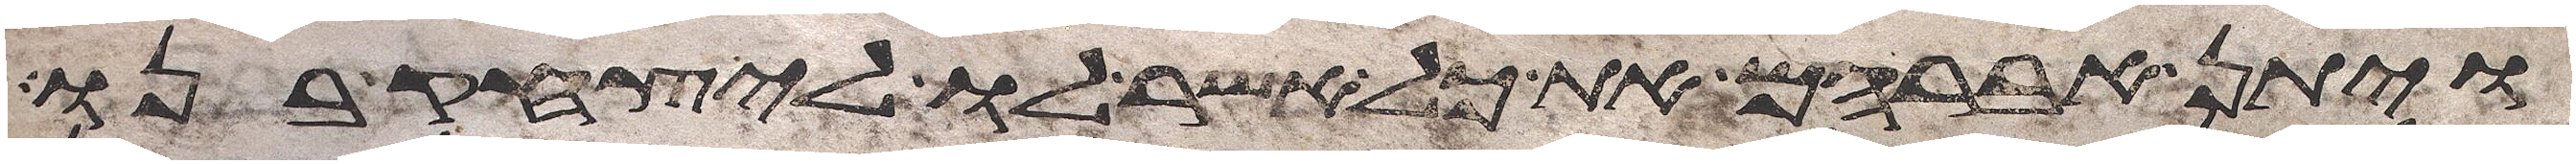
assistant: ויתן אברהם את כל אשר לו ליצחק בנו